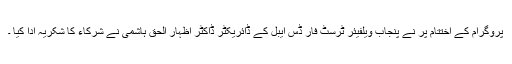
پروگرام کے اختتام پر نے پنجاب ویلفیئر ٹرسٹ فار ڈس ایبل کے ڈائریکٹر ڈاکٹر اظہار الحق ہاشمی نے شرکاء کا شکریہ ادا کیا ۔